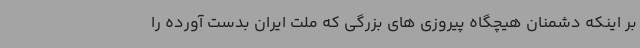
بر اینکه دشمنان هیچگاه پیروزی های بزرگی که ملت ایران بدست آورده را